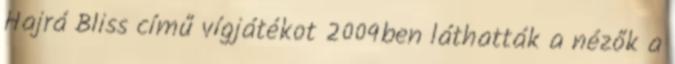
Hajrá Bliss című vígjátékot 2009ben láthatták a nézők a